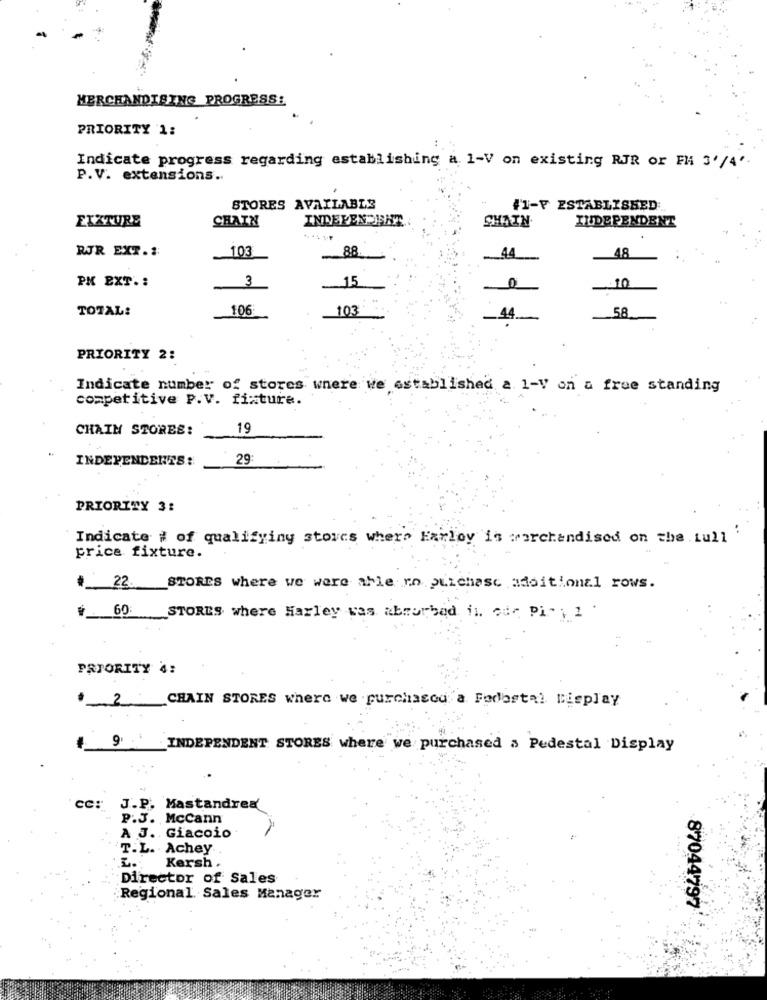
MERCHANDISING PROGRESS:
PRIORITY 1:
Indicate progress regarding establishing a 1-V on existing RJR or PH 3'/4'
P.V. extensions ..
STORES AVAILABLE
#1-F ESTABLISHED
FIXTURE
CHAIN
INDEPENDENT
CHAIN
INDEPENDENT
RUR EXT.1:
88
103
44
48
3
15
PK EXT .:
10
TOTAL:
106
103
58
.44.
PRIORITY 2:
Indicate number of stores where we established a 1-V on a free standing
competitive P.V. fixture.
CHAIN STORES:
19
INDEPENDENTS:
29
PRIORITY 3:
Indicate # of qualifying stores where Harley is marchandised on the full
price fixture.
22_STORES where we were able ro prichase additional rows.
W _ 60 STORES where Harley was abrorbad il. our Pi" 1 "
PRIORITY 4:
* 2
CHAIN STORES where we . purchascu a Fodostal Display
INDEPENDENT STORES where we purchased a Pedestal Display
cc: J.P. Mastandrea
P.J. McCann
A J. Giacoio
T.L. Achey
Kersh .
Director of Sales
Regional Sales Manager
87044797